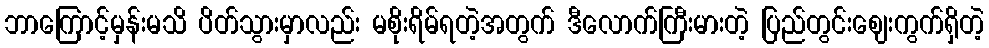
ဘာကြောင့်မှန်းမသိ ပိတ်သွားမှာလည်း မစိုးရိမ်ရတဲ့အတွက် ဒီလောက်ကြီးမားတဲ့ ပြည်တွင်းဈေးကွက်ရှိတဲ့